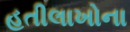
હતીલાખોના